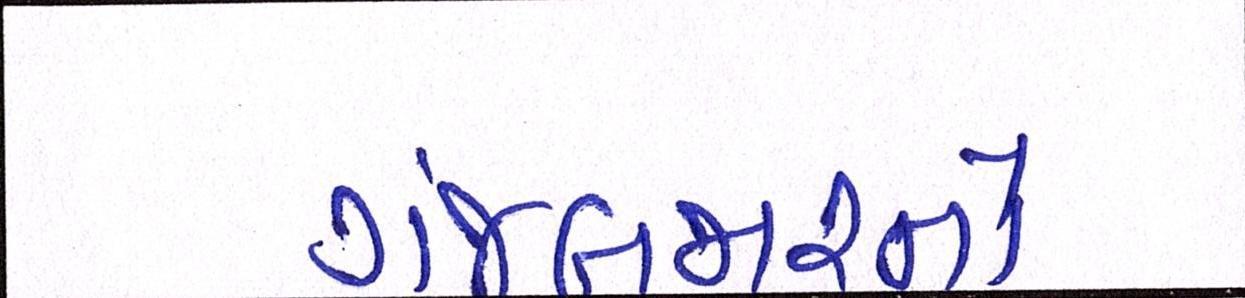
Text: ગંજબજારનો